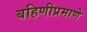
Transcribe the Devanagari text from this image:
बहिणीप्रमाणे